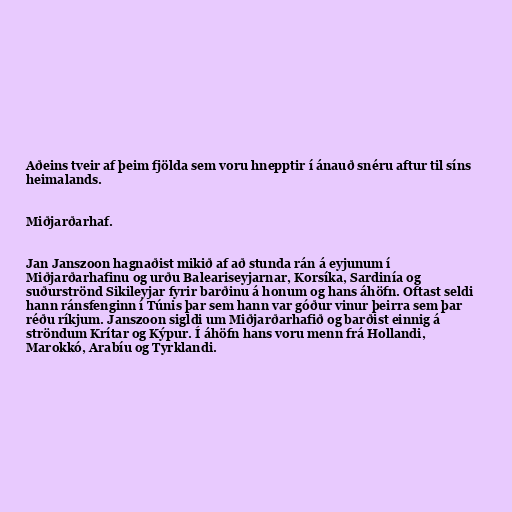
Aðeins tveir af þeim fjölda sem voru hnepptir í ánauð snéru aftur til síns
heimalands.

Miðjarðarhaf.

Jan Janszoon hagnaðist mikið af að stunda rán á eyjunum í
Miðjarðarhafinu og urðu Baleariseyjarnar, Korsíka, Sardinía og
suðurströnd Sikileyjar fyrir barðinu á honum og hans áhöfn. Oftast seldi
hann ránsfenginn í Túnis þar sem hann var góður vinur þeirra sem þar
réðu ríkjum. Janszoon sigldi um Miðjarðarhafið og barðist einnig á
ströndum Krítar og Kýpur. Í áhöfn hans voru menn frá Hollandi,
Marokkó, Arabíu og Tyrklandi.